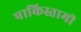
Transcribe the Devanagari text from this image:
पाकिस्तामी